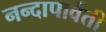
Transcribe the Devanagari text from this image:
नन्दापार्वती